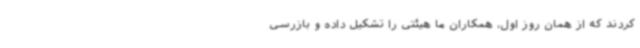
کردند که از همان روز اول، همکاران ما هیئتی را تشکیل داده و بازرسی